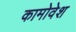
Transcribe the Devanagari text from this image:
कामोवेश